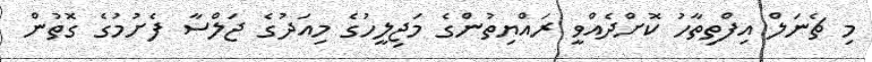
މި ޗެނަލް އިފްތިތާހު ކޮށްދެއްވީ ރައްޔިތުންގެ މަޖިލީހުގެ މިއަދުގެ ޖަލްސާ ފެށުމުގެ ގޮތުން